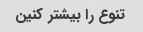
تنوع را بیشتر کنین